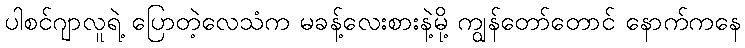
ပါစင်ဂျာလူရဲ့ ပြောတဲ့လေသံက မခန့်လေးစားနဲ့မို့ ကျွန်တော်တောင် နောက်ကနေ